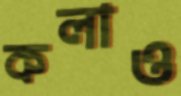
কলাও